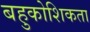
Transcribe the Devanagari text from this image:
बहुकोशिकता